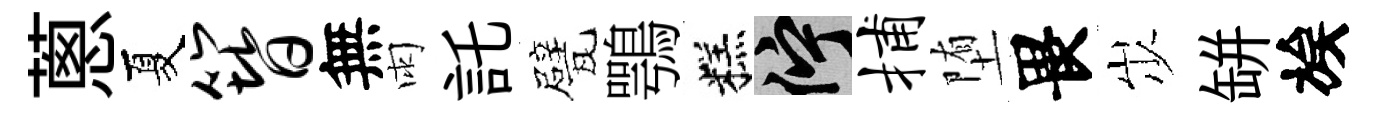
蔥夏簪無雨託甓鶚糕伫捕堕畏𡵯缾族